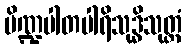
ပိဏ္ဍပါတပါရိသုဒ္ဓိသုတ္တံ